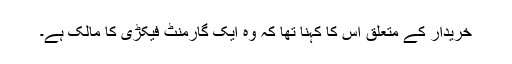
خریدار کے متعلق اس کا کہنا تھا کہ وہ ایک گارمنٹ فیکڑی کا مالک ہے۔